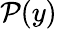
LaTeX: \mathcal{P}(y)